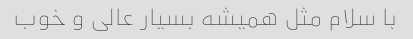
با سلام مثل همیشه بسیار عالی و خوب